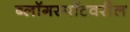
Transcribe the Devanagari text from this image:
ब्लॉगस्पॉटवरील